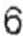
6